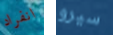
انفراد سيرو